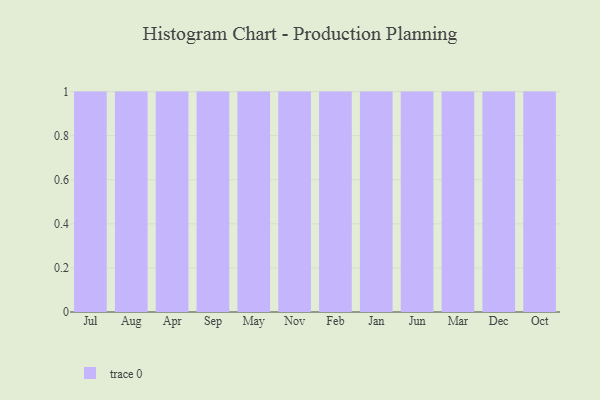
{"axis": {"x": "Month", "y": "Net Income (USD K)"}, "legend": [""], "data": [{"x": "Jul", "y": 87, "type": ""}, {"x": "Aug", "y": 59, "type": ""}, {"x": "Apr", "y": 97, "type": ""}, {"x": "Sep", "y": 85, "type": ""}, {"x": "May", "y": 77, "type": ""}, {"x": "Nov", "y": 63, "type": ""}, {"x": "Feb", "y": 85, "type": ""}, {"x": "Jan", "y": 94, "type": ""}, {"x": "Jun", "y": 50, "type": ""}, {"x": "Mar", "y": 47, "type": ""}, {"x": "Dec", "y": 94, "type": ""}, {"x": "Oct", "y": 48, "type": ""}]}